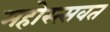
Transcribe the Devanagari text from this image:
महोस्त्सवत